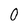
Character: 0